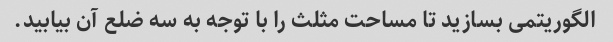
الگوریتمی بسازید تا مساحت مثلث را با توجه به سه ضلع آن بیابید.